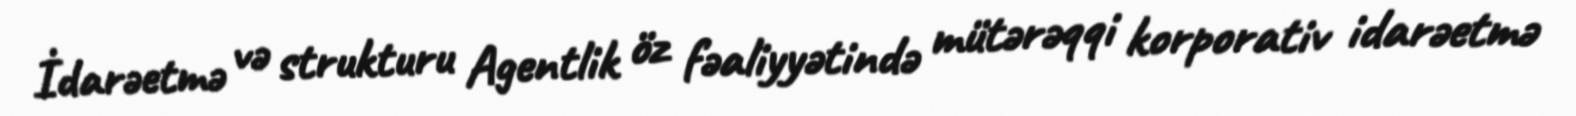
İdarəetmə və strukturu Agentlik öz fəaliyyətində mütərəqqi korporativ idarəetmə